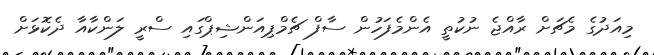
މިއަދުގެ މެޗަށް ރާއްޖެ ނުކުތީ އެންމެފަހުން ސާފް ޗެމްޕިއަންޝިޕްގައި ސްރީ ލަންކާއާ ދެކޮޅަށް